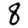
Digit: 8